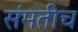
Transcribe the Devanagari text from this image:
संमतीच